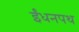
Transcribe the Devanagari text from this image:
ईंधनपथ